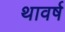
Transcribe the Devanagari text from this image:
थावर्ष